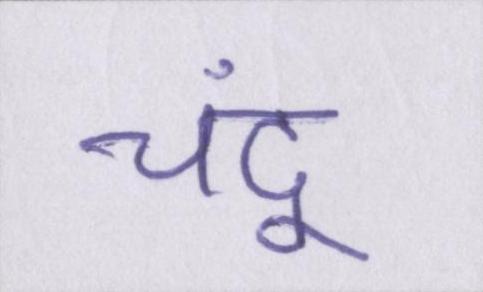
चंदू